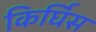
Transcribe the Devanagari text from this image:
किर्घिस